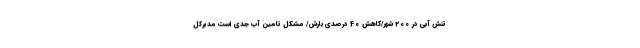
تنش آبی در 200 شهر/کاهش 40 درصدی بارش‌/ مشکل تامین آب جدی است مدیرکل